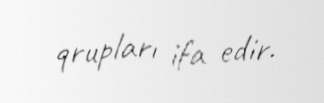
qrupları ifa edir.